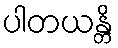
ပါတယန္တိ